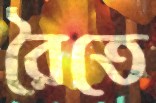
রৈতে